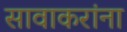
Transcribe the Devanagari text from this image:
सावाकरांना